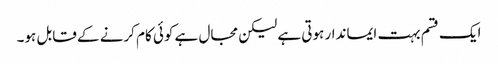
ایک قسم بہت ایماندار ہوتی ہے لیکن مجال ہے کوئی کام کرنے کے قابل ہو۔